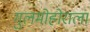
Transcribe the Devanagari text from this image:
गुलमोहोराला